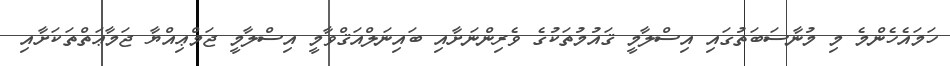
ހަމައެހެންމެ މި މުނާސަބަތުގައި އިސްލާމީ ޤައުމުތަކުގެ ވެރިންނަށާއި ބައިނަލްއަޤްވާމީ އިސްލާމީ ޖަމްޢިއްޔާ ޖަމާޢަތްތަކަށާއި